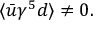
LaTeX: \langle \bar { u } \gamma ^ { 5 } d \rangle \ne 0 .